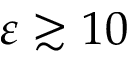
\varepsilon \gtrsim 1 0